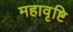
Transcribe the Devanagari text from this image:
महावृष्टि